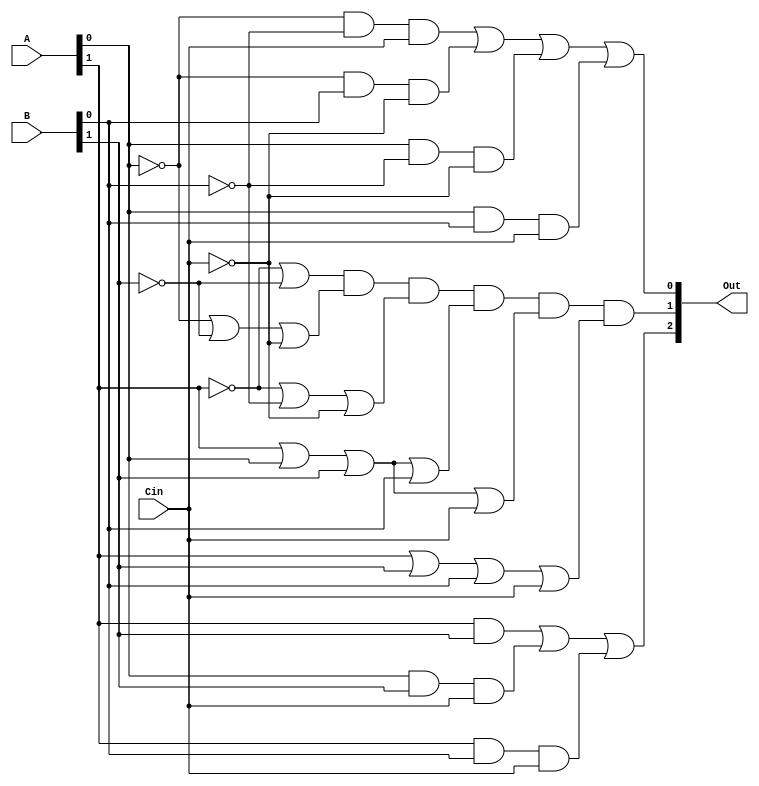
`timescale 1ns / 1ps
//////////////////////////////////////////////////////////////////////////////////
// Company: 
// Engineer: 
// 
// Design Name: 
// Module Name: modifiedTopRCA
// Project Name: 
// Target Devices: 
// Tool Versions: 
// Description: 
// 
// Dependencies: 
// 
// Revision:
// Revision 0.01 - File Created
// Additional Comments: Tested individually and works.q
// 
//////////////////////////////////////////////////////////////////////////////////

                        //      A B           C D         E
module modifiedTopRCA(input[1:0] A, input[1:0] B, input Cin, output[2:0] Out);
// S0:
wire[3:0] S0Intermediate;
and(S0Intermediate[0], ~A[0], ~B[0], Cin);
and(S0Intermediate[1], ~A[0], B[0], ~Cin);
and(S0Intermediate[2], A[0], ~B[0], ~Cin);
and(S0Intermediate[3], A[0], B[0], Cin);
or(Out[0], S0Intermediate[0], S0Intermediate[1], S0Intermediate[2], S0Intermediate[3]);

// S1:
wire[5:0] S1Intermediate;
or(S1Intermediate[0], ~A[1], ~B[1]);
or(S1Intermediate[1], ~A[0], ~B[1], ~Cin);
or(S1Intermediate[2], ~A[1], ~B[0], ~Cin);
or(S1Intermediate[3], A[1], A[0], B[1], B[0]);
or(S1Intermediate[4], A[1], A[0], B[1], Cin);
or(S1Intermediate[5], A[1], B[1], B[0], Cin);
and(Out[1], S1Intermediate[0], S1Intermediate[1], S1Intermediate[2], S1Intermediate[3], S1Intermediate[4], S1Intermediate[5]);

// Cout:
wire[2:0] CoutIntermediate;
and(CoutIntermediate[0], A[1], B[1]);
and(CoutIntermediate[1], A[0], B[1], Cin);
and(CoutIntermediate[2], A[1], B[0], Cin);
or(Out[2], CoutIntermediate[0], CoutIntermediate[1], CoutIntermediate[2]);
endmodule